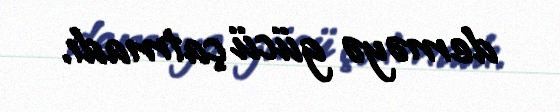
deməyə gücü çatmadı.